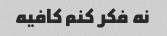
نه فکر کنم کافیه